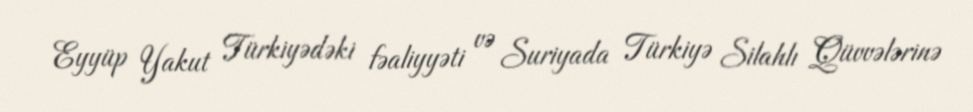
Eyyüp Yakut Türkiyədəki fəaliyyəti və Suriyada Türkiyə Silahlı Qüvvələrinə